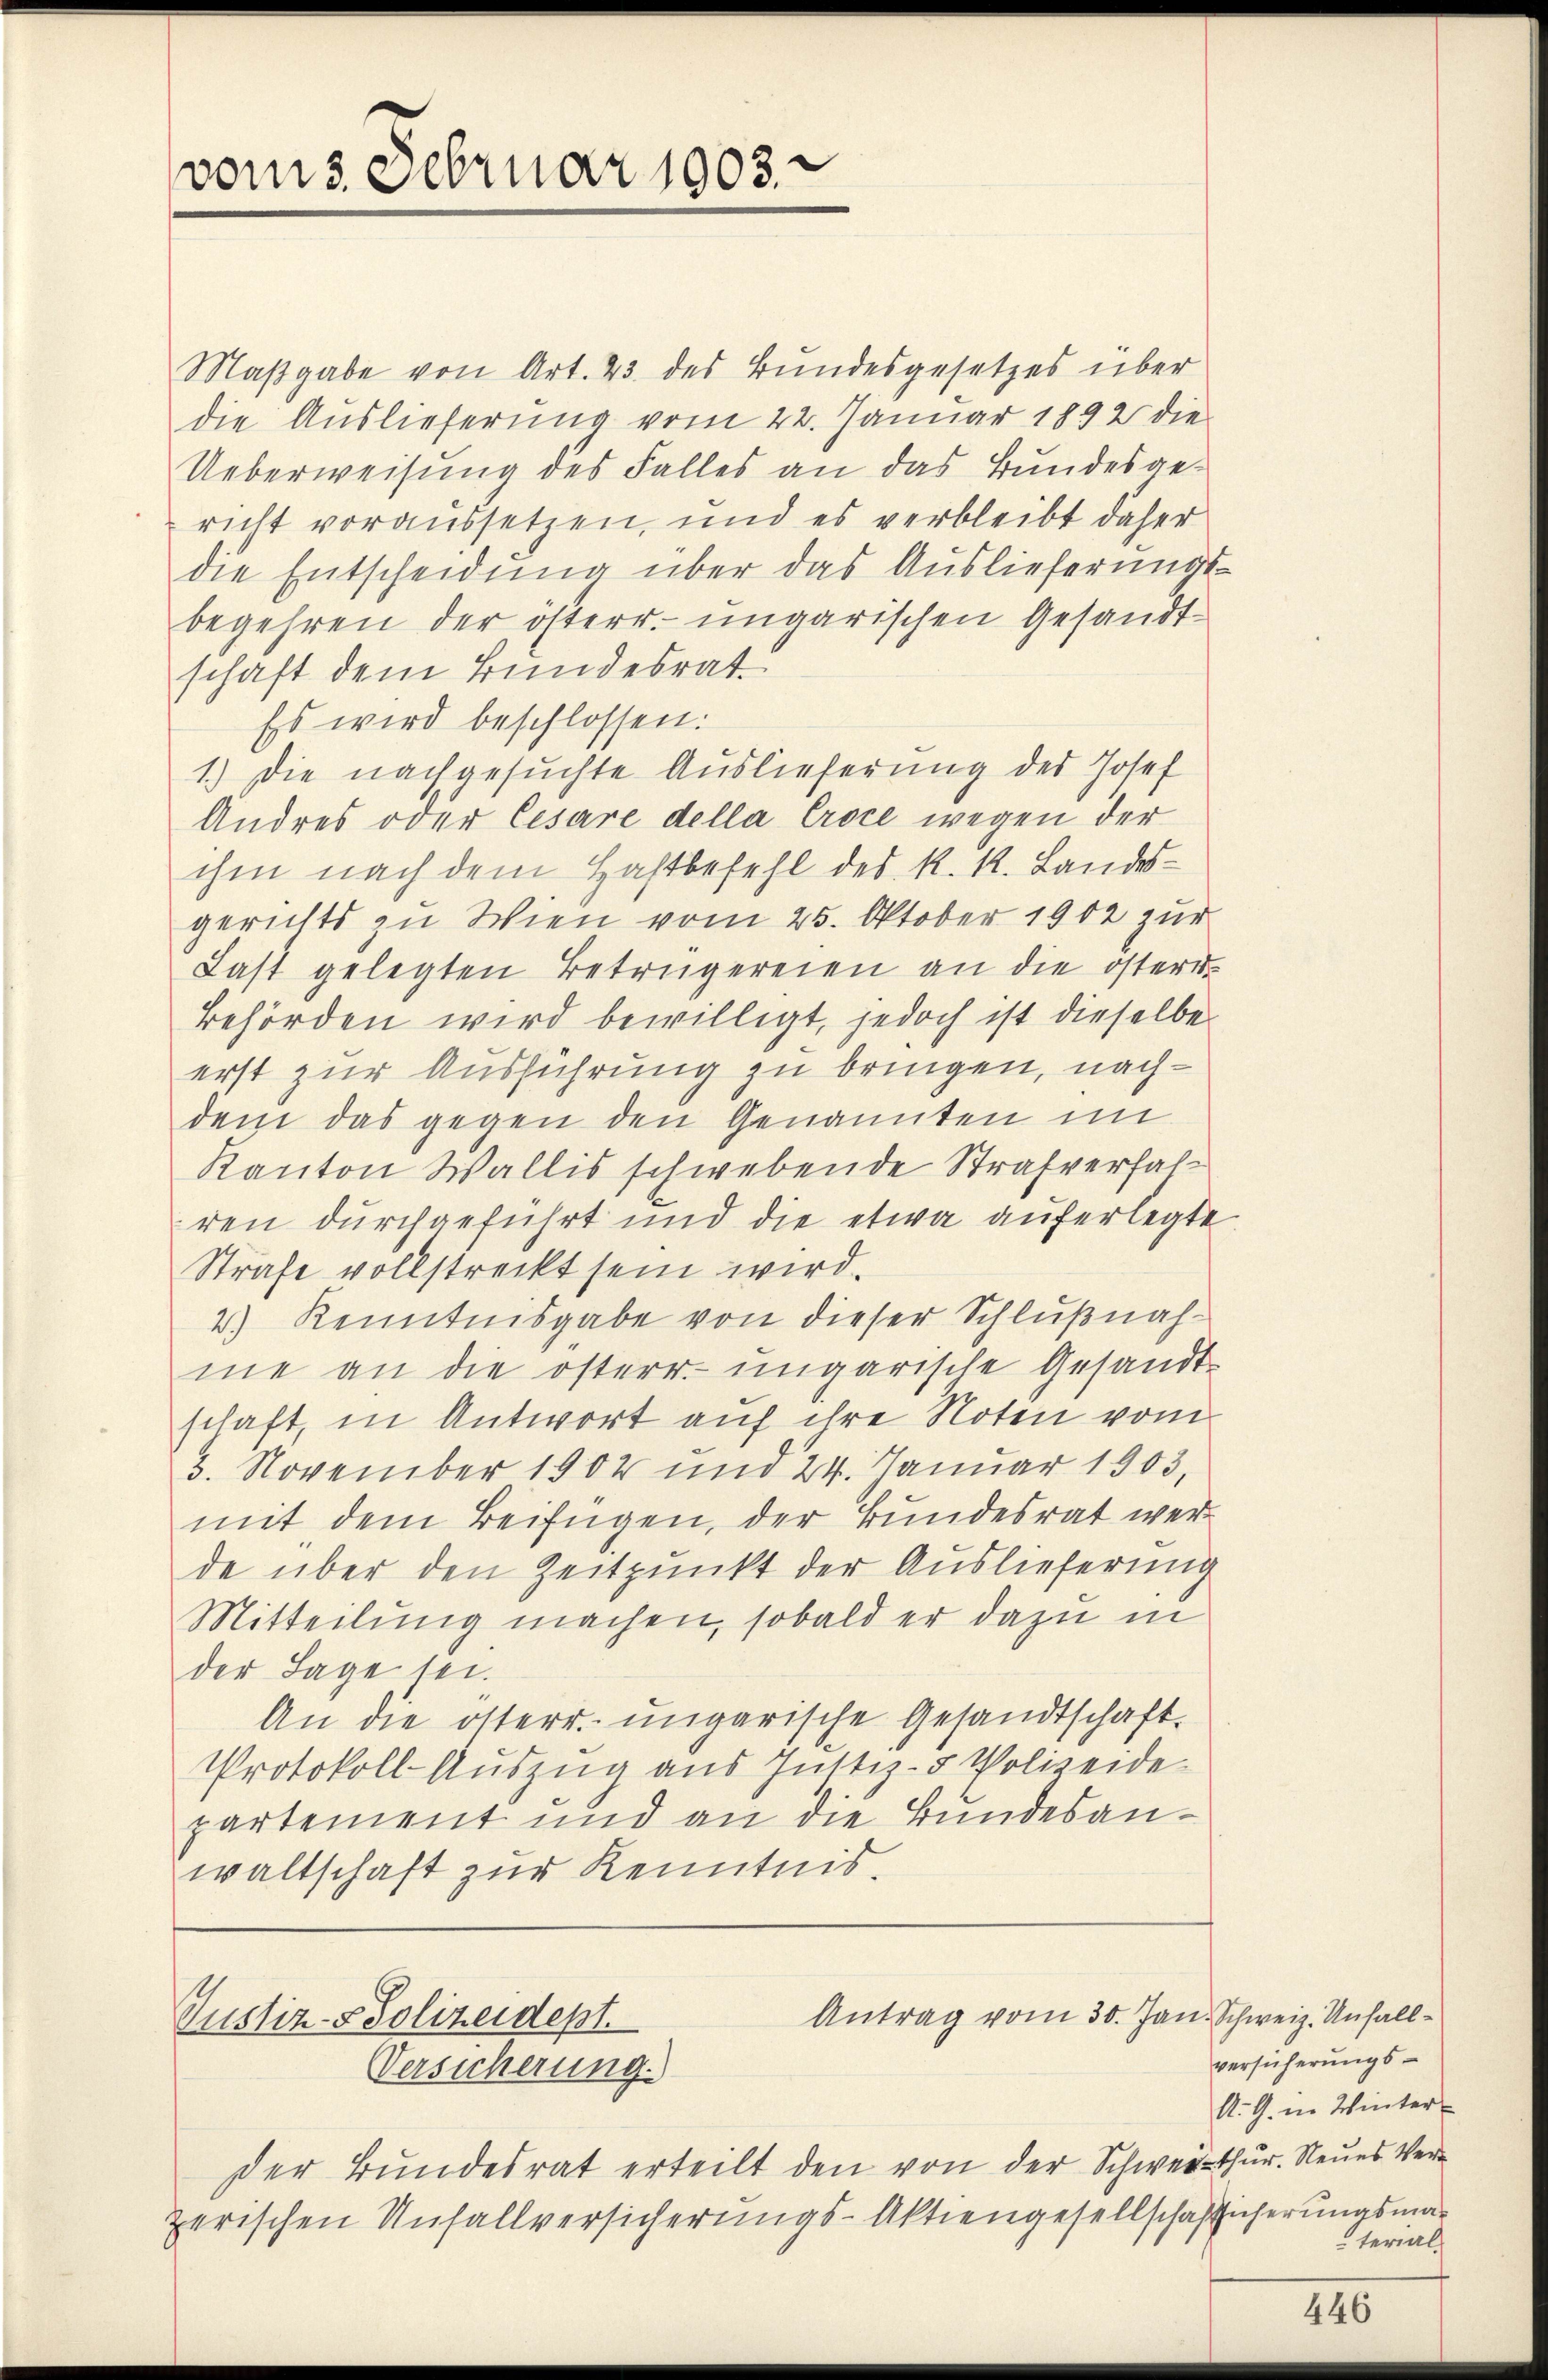
vom 3. Februar 1903.

Maβgabe von Art. 23 des Bundesgesetzes über
die Auslieferung vom 22. Januar 1892 die
Ueberweisung des Falles an das Bundesgericht voraussetzen, und es verbleibt daher
die Entscheidung über das Auslieferungs-
begehren der österr. ungarischen Gesandtschaft dem Bundesrat
Es wird beschlossen:
1.) Die nachgesuchte Auslieferung des Josef
Andres oder Cesare della Croce wegen der
ihm nach dem Haftbefehl des k. k. Landesgerichts zu Wien vom 25. Oktober 1902 zur
Last gelegten Betrügereien an die österr
Behörden wird bewilligt, jedoch ist dieselbe
erst zur Ausführung zu bringen, nachdem das gegen den Genannten im
Kanton Wallis schwebende Strafverfalren durchgeführt und die etwa auferlegte
Strafe vollstreckt sein wird.
2.) Kenntnisgabe von dieser Schlußnahme an die österr. ungarische Gesandt-
schaft, in Antwort auf ihre Noten vom
3. November 1902 und 24. Januar 1903,
mit dem Beifügen, der Bundesrat werde über den Zeitpunkt der Auslieferung
Mitteilung machen, sobald er dazu in
der Lage sei.
An die österr. ungarische Gesandtschaft.
Protokoll- Auszug aus Justiz- & Polizeide-
partement und an die Bundesanwaltschaft zur Kenntnis.

Antrag vom 30. Jan. Schweiz. Unfall¬
Justiz- & Polizeidept.
Versicherung.

der Bundesrat erteilt den von der Schwerthur. Neues Verzerischen Unfallversicherungs-Aktiengesellschafticherungsma¬

versicherungs¬
A. G. in Winter
terial¬

446